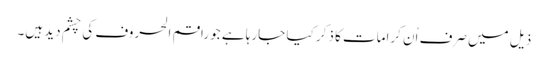
ذیل میں صرف اُن کرامات کا ذکر کیا جارہا ہے جو راقم الحروف کی چشم دید ہیں۔